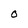
Character: O